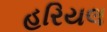
હરિયલ